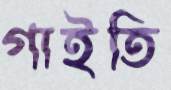
গাইতি